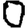
Digit: 0